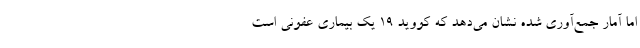
اما آمار جمع‌آوری شده نشان می‌دهد که کووید ۱۹ یک بیماری عفونی است